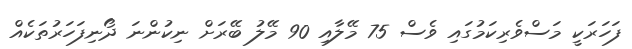
ފަހަރަކީ މަސްވެރިކަމުގައި ވެސް 75 މޭލާއި 90 މޭލު ބޭރަށް ނިކުންނަ ދޯނިފަހަރުތަކެއް